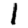
Digit: 1